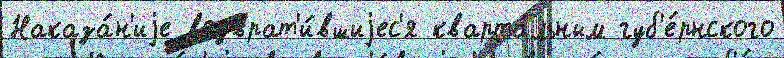
Наказа́н'иjе возврат'и́вшиjес'я кварта́льным губ'е́рнского